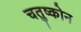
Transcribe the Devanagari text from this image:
चतुष्कोन